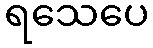
ရသေပေ